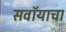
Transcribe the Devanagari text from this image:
सवॉयाचा